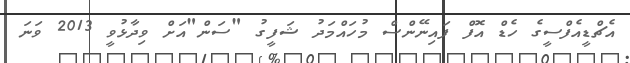
އެޗްޑީއެފްސީގެ ހެޑް އޮފް ފައިނޭންސް މުހައްމަދު ޝަފީގު "ސަން"އަށް ވިދާޅުވީ 2013 ވަނަ